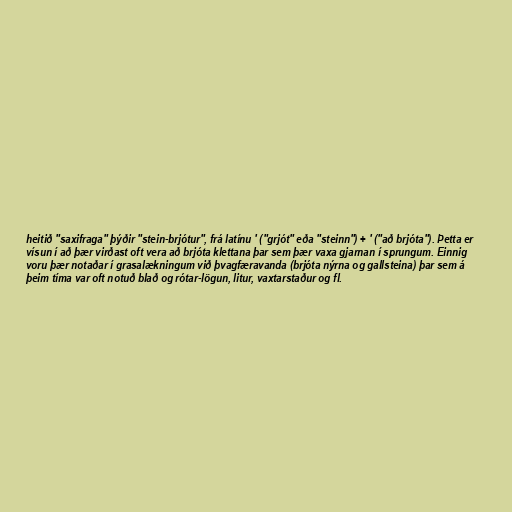
heitið "saxifraga" þýðir "stein-brjótur", frá latínu ' ("grjót" eða "steinn") + ' ("að brjóta"). Þetta er
vísun í að þær virðast oft vera að brjóta klettana þar sem þær vaxa gjarnan í sprungum. Einnig
voru þær notaðar í grasalækningum við þvagfæravanda (brjóta nýrna og gallsteina) þar sem á
þeim tíma var oft notuð blað og rótar-lögun, litur, vaxtarstaður og fl.